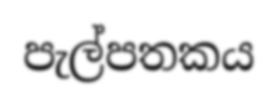
පැල්පතකය